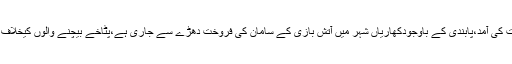
کھاریاں(جی پی آئی) شب برات کی آمد،پابندی کے باوجودکھاریاں شہر میں آتش بازی کے سامان کی فروخت دھڑے سے جاری ہے،پٹاخے بیچنے والوں کیخلاف کریک ڈائون کاعوامی مطالبہ۔